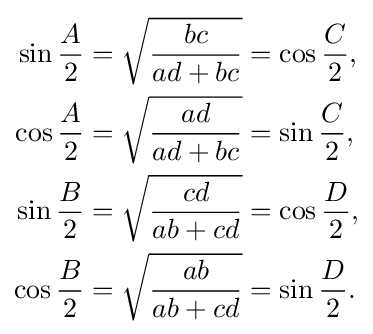
{\begin{aligned}\sin {\frac {A}{2}}&={\sqrt {\frac {bc}{ad+bc}}}=\cos {\frac {C}{2}},\\\cos {\frac {A}{2}}&={\sqrt {\frac {ad}{ad+bc}}}=\sin {\frac {C}{2}},\\\sin {\frac {B}{2}}&={\sqrt {\frac {cd}{ab+cd}}}=\cos {\frac {D}{2}},\\\cos {\frac {B}{2}}&={\sqrt {\frac {ab}{ab+cd}}}=\sin {\frac {D}{2}}.\end{aligned}}